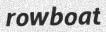
rowboat